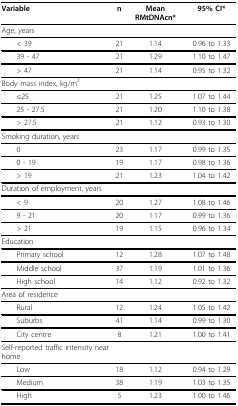
<table><thead><tr><td><b>Variable</b></td><td><b>n</b></td><td><b>Mean RMtDNAcn*</b></td><td><b>95% CI*</b></td></tr></thead><tbody><tr><td>Age, years</td><td></td><td></td><td></td></tr><tr><td> &lt; 39</td><td>21</td><td>1.14</td><td>0.96 to 1.33</td></tr><tr><td> 39 - 47</td><td>21</td><td>1.29</td><td>1.10 to 1.47</td></tr><tr><td> &gt; 47</td><td>21</td><td>1.14</td><td>0.95 to 1.32</td></tr><tr><td>Body mass index, kg/m<sup>2</sup></td><td></td><td></td><td></td></tr><tr><td> ≤25</td><td>21</td><td>1.25</td><td>1.07 to 1.44</td></tr><tr><td> 25 - 27.5</td><td>21</td><td>1.20</td><td>1.10 to 1.38</td></tr><tr><td> &gt; 27.5</td><td>21</td><td>1.12</td><td>0.93 to 1.30</td></tr><tr><td>Smoking duration, years</td><td></td><td></td><td></td></tr><tr><td> 0</td><td>23</td><td>1.17</td><td>0.99 to 1.35</td></tr><tr><td> 0 - 19</td><td>19</td><td>1.17</td><td>0.98 to 1.36</td></tr><tr><td> &gt; 19</td><td>21</td><td>1.23</td><td>1.04 to 1.42</td></tr><tr><td>Duration of employment, years</td><td></td><td></td><td></td></tr><tr><td> &lt; 9</td><td>20</td><td>1.27</td><td>1.08 to 1.46</td></tr><tr><td> 9 - 21</td><td>20</td><td>1.17</td><td>0.99 to 1.36</td></tr><tr><td> &gt; 21</td><td>19</td><td>1.15</td><td>0.96 to 1.34</td></tr><tr><td>Education</td><td></td><td></td><td></td></tr><tr><td> Primary school</td><td>12</td><td>1.28</td><td>1.07 to 1.48</td></tr><tr><td> Middle school</td><td>37</td><td>1.19</td><td>1.01 to 1.36</td></tr><tr><td> High school</td><td>14</td><td>1.12</td><td>0.92 to 1.32</td></tr><tr><td>Area of residence</td><td></td><td></td><td></td></tr><tr><td> Rural</td><td>12</td><td>1.24</td><td>1.05 to 1.42</td></tr><tr><td> Suburbs</td><td>41</td><td>1.14</td><td>0.99 to 1.30</td></tr><tr><td> City centre</td><td>8</td><td>1.21</td><td>1.00 to 1.41</td></tr><tr><td>Self-reported traffic intensity near home</td><td></td><td></td><td></td></tr><tr><td> Low</td><td>18</td><td>1.12</td><td>0.94 to 1.29</td></tr><tr><td> Medium</td><td>38</td><td>1.19</td><td>1.03 to 1.35</td></tr><tr><td> High</td><td>5</td><td>1.23</td><td>1.00 to 1.46</td></tr></tbody></table>